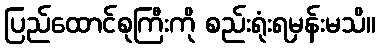
ပြည်ထောင်စုကြီးကို စည်းရုံးရမှန်းမသိ။